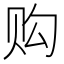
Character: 购